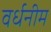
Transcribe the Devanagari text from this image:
वर्धनीम